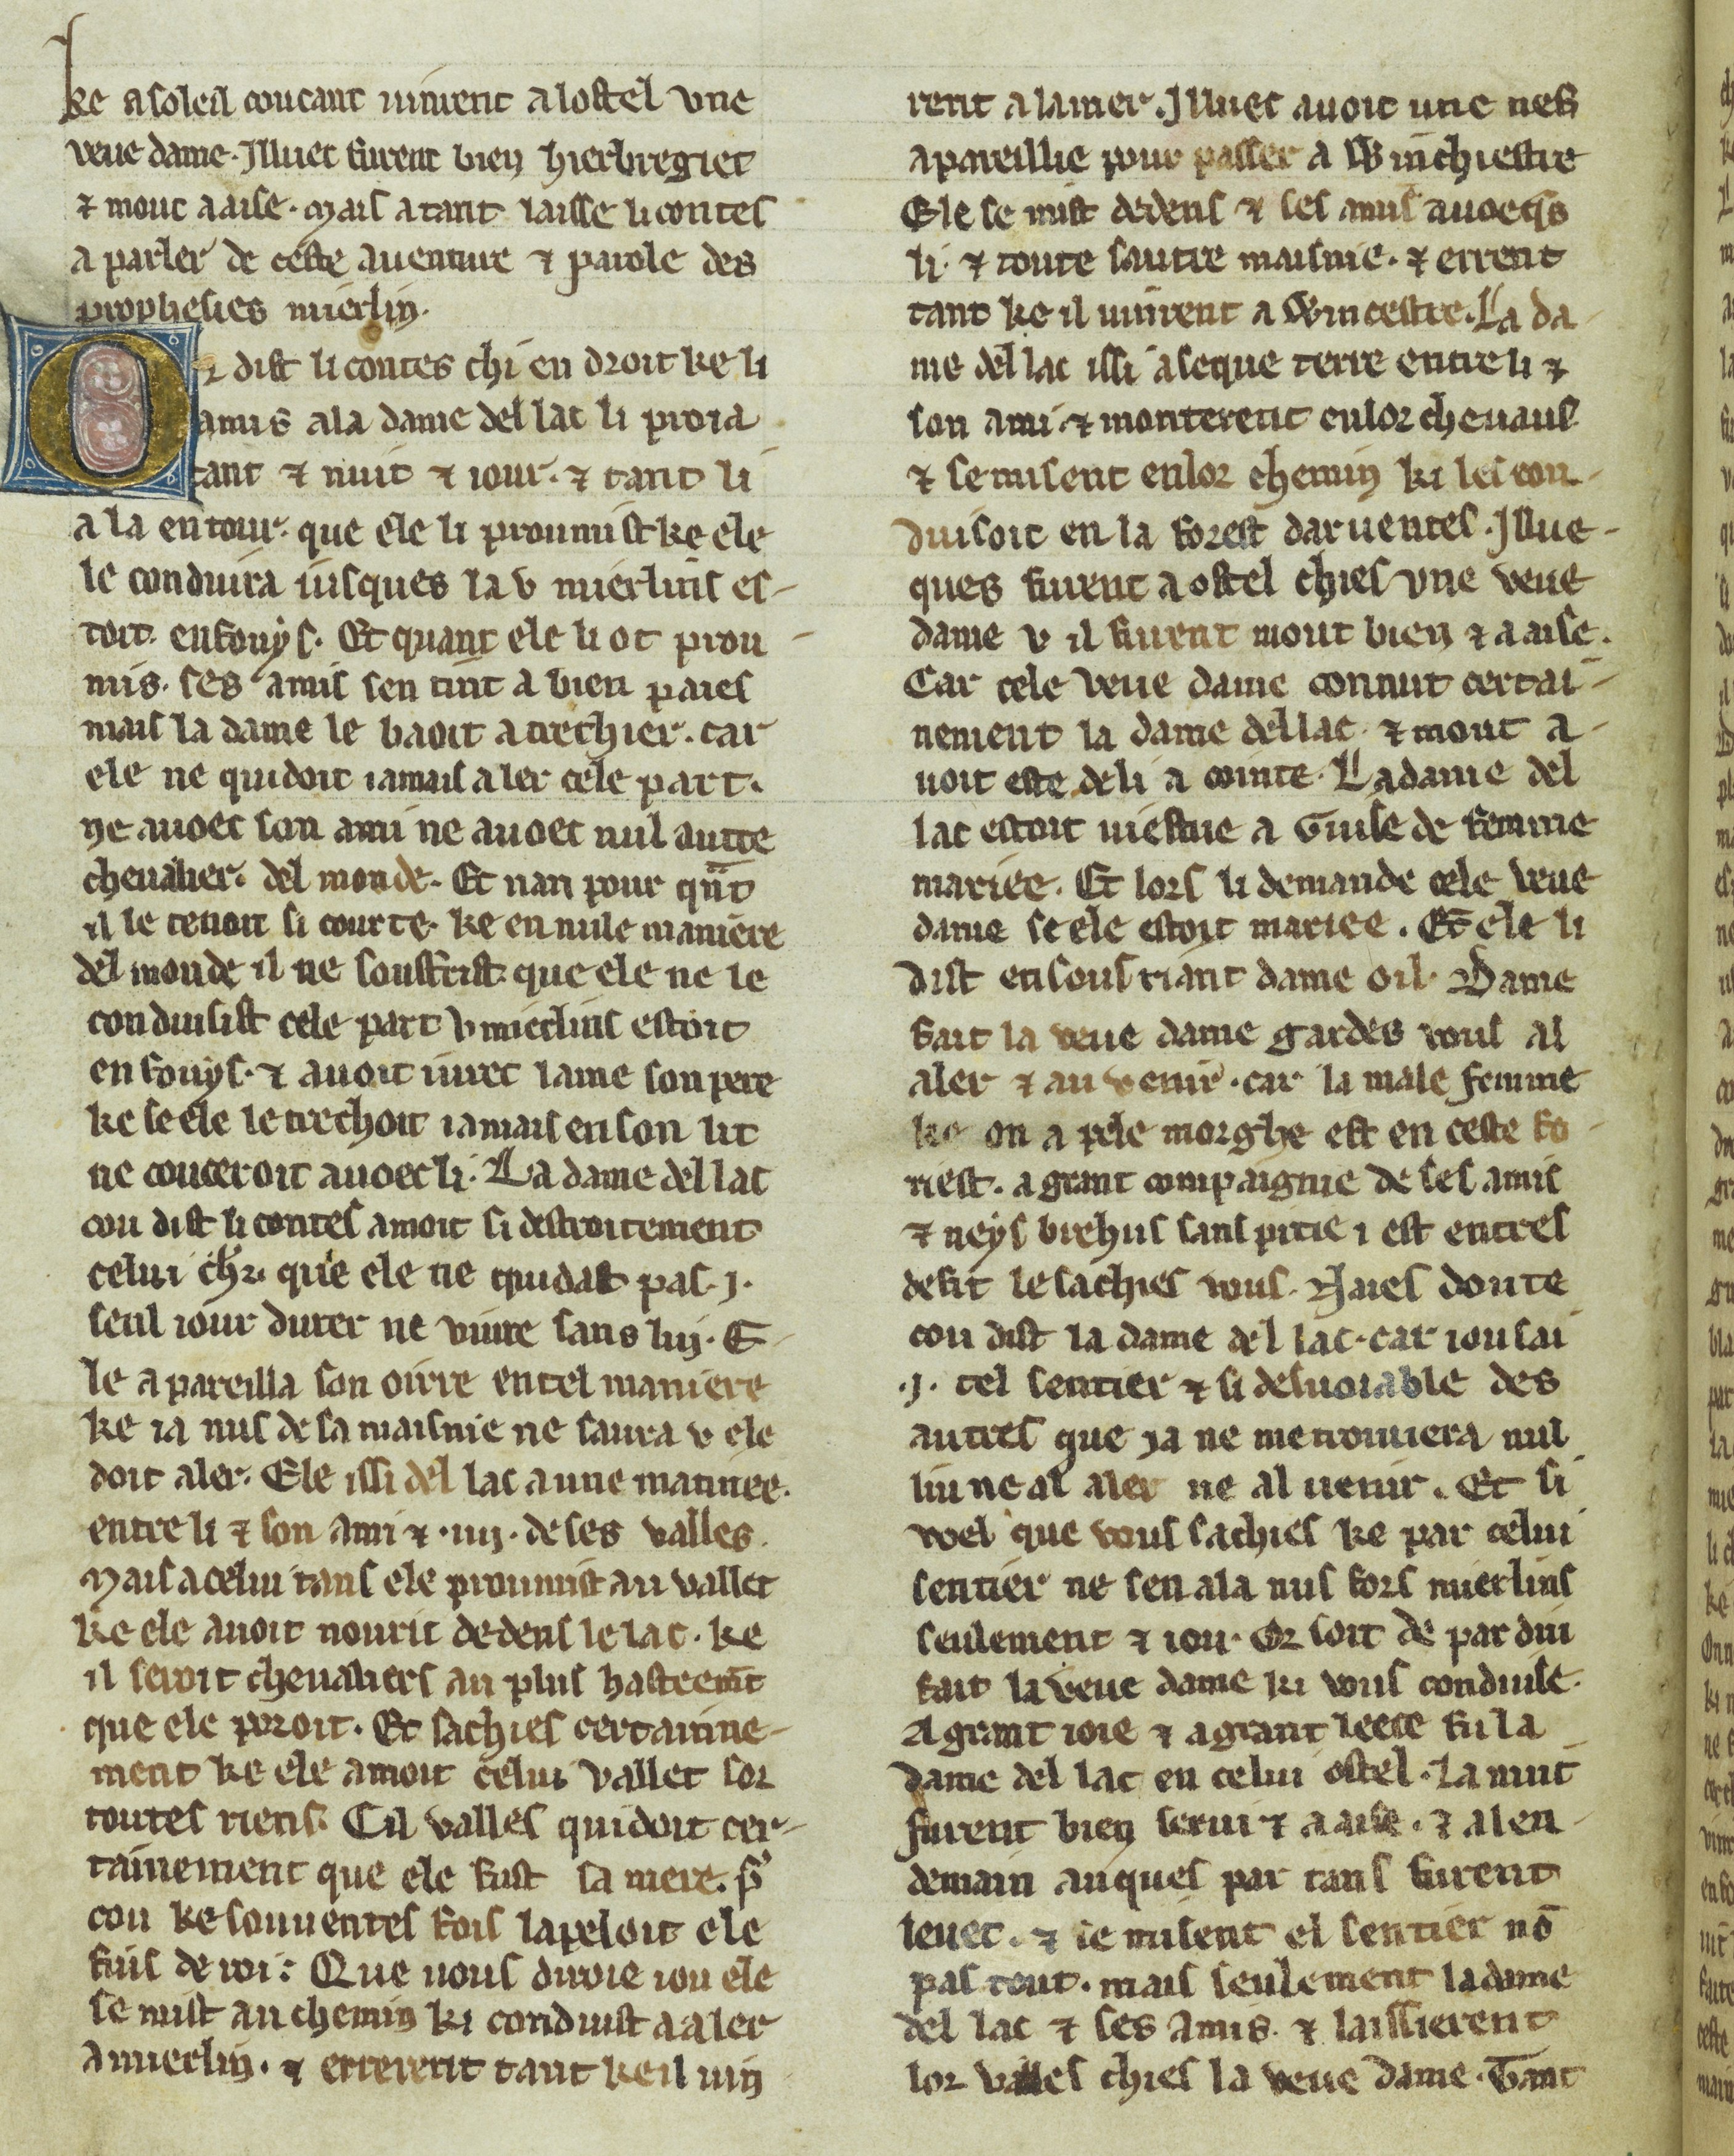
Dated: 1300–1330